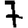
Digit: 7